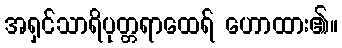
အရှင်သာရိပုတ္တရာထေရ် ဟောထား၏။